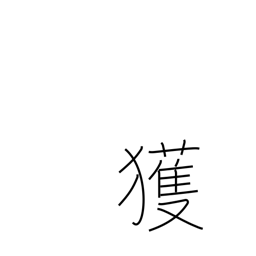
Meaning: find